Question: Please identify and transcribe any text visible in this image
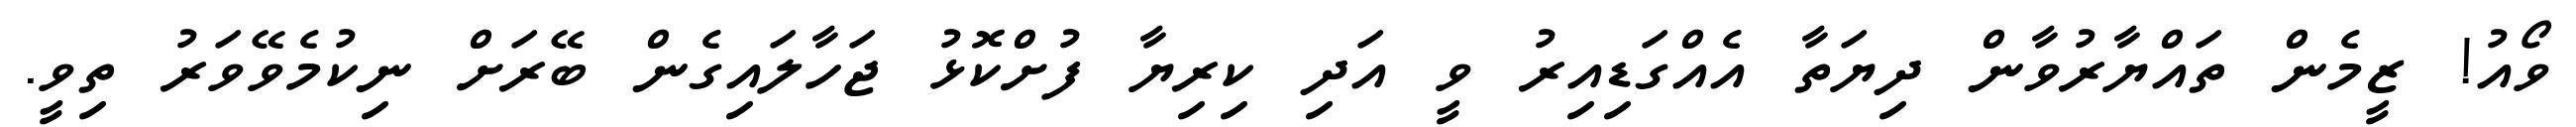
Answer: ވޯއު! ޒީމެން ތައްޔާރުވާން ދިޔަތާ އެއްގަޑިއިރު ވީ އަދި ކިރިޔާ ފުށްކޮޅު ޖަހާލައިގެން ބޭރަށް ނިކުމެވޭވަރު ތިވީ.